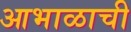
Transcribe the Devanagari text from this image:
आभाळाची